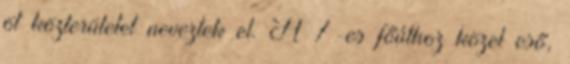
öt közterületet neveztek el. A 7-es főúthoz közel eső,